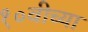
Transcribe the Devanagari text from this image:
१०वीच्या